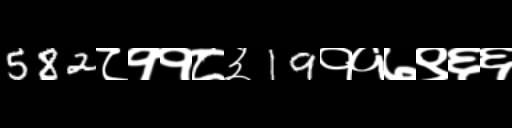
Text: 582८११८३19११७९६६